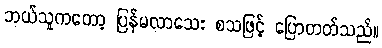
ဘယ်သူကတော့ ပြန်မလာသေး စသဖြင့် ပြောတတ်သည်။